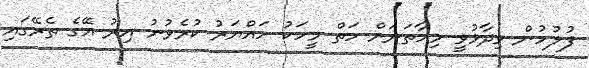
ފުލުހުން ވިދާޅުވީ މިހާތަނަށް ހަތް މީހަކު ހައްޔަރު ކުރެވުނު އިރު އޭގެ ތެރޭގައި